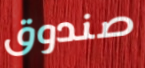
صندوق